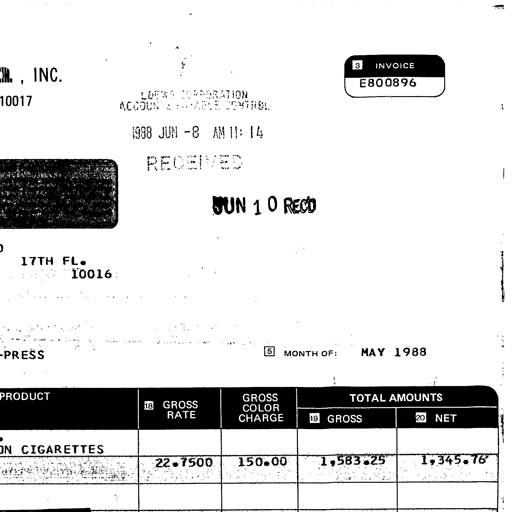
Transcript:
INC.
3 INVOICE
E800896
10017
LOEWS CORPORATION
ACCOUNTS PAYABLE CONTROL
1988 JUN -8 AM 11: 14
RECEIVED
JUN 1 0 REC'D
17TH FL.
10016
PRESS
5 MONTH OF: MAY 1988
PRODUCT
18 GROSS RATE
GROSS COLOR CHARGE
TOTAL AMOUNTS
19 GROSS
20 NET
ON CIGARETTES
22.7500
150.00
1,583.25
1,345.76